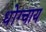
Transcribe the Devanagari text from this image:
धोंग्चाय